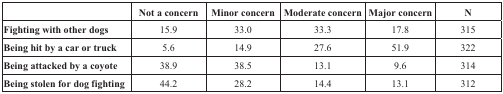
<table><thead><tr><td></td><td><b>Not a concern</b></td><td><b>Minor concern</b></td><td><b>Moderate concern</b></td><td><b>Major concern</b></td><td><b>N</b></td></tr></thead><tbody><tr><td><b>Fighting with other dogs</b></td><td>15.9</td><td>33.0</td><td>33.3</td><td>17.8</td><td>315</td></tr><tr><td><b>Being hit by a car or truck</b></td><td>5.6</td><td>14.9</td><td>27.6</td><td>51.9</td><td>322</td></tr><tr><td><b>Being attacked by a coyote</b></td><td>38.9</td><td>38.5</td><td>13.1</td><td>9.6</td><td>314</td></tr><tr><td><b>Being stolen for dog fighting</b></td><td>44.2</td><td>28.2</td><td>14.4</td><td>13.1</td><td>312</td></tr></tbody></table>